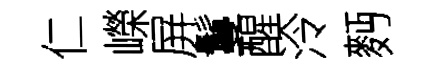
仁嶸屏鬘醒泠麪